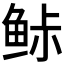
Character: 𱇨